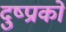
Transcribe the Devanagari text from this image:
दुष्प्राको